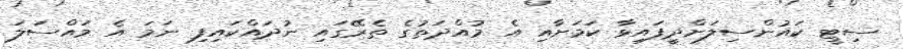
ސިޓީ ކައުންސިލަށްދީފައިވާ ކަމަށާއި އެ މުއްދަތުގެ ތެރޭގައި ނުދައްކައިފި ނަމަ އެ މައްސަލަ